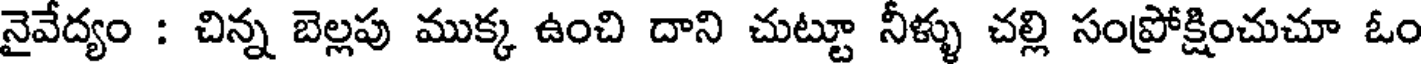
నైవేద్యం : చిన్న బెల్లపు ముక్క ఉంచి దాని చుట్టూ నీళ్ళు చల్లి సంప్రోక్షించుచూ ఓం